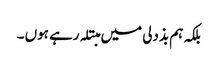
بلکہ ہم بذدلی میں مبتلہ رہے ہوں ۔